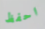
احفظ